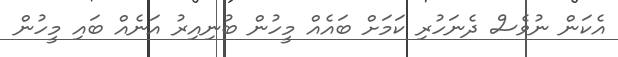
އެކަން ނުވެސް ދެނަހުރި ކަމަށް ބައެއް މީހުން ބުނިއިރު އަނެއް ބައި މީހުން